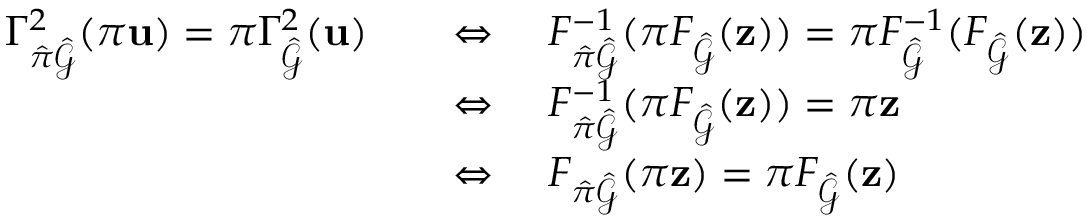
\begin{array} { r l } { \Gamma _ { \hat { \pi } \hat { \mathcal { G } } } ^ { 2 } ( \pi \mathbf { u } ) = \pi \Gamma _ { \hat { \mathcal { G } } } ^ { 2 } ( \mathbf { u } ) } & { \quad \Leftrightarrow \quad F _ { \hat { \pi } \hat { \mathcal { G } } } ^ { - 1 } ( \pi F _ { \hat { \mathcal { G } } } ( \mathbf { z } ) ) = \pi F _ { \hat { \mathcal { G } } } ^ { - 1 } ( F _ { \hat { \mathcal { G } } } ( \mathbf { z } ) ) } \\ & { \quad \Leftrightarrow \quad F _ { \hat { \pi } \hat { \mathcal { G } } } ^ { - 1 } ( \pi F _ { \hat { \mathcal { G } } } ( \mathbf { z } ) ) = \pi \mathbf { z } } \\ & { \quad \Leftrightarrow \quad F _ { \hat { \pi } \hat { \mathcal { G } } } ( \pi \mathbf { z } ) = \pi F _ { \hat { \mathcal { G } } } ( \mathbf { z } ) } \end{array}